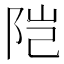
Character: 𬮿